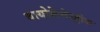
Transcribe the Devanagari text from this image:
बायोकेमेस्ट्रीज